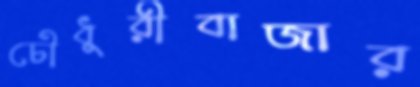
চৌধুরীবাজার